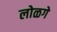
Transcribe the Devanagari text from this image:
लोळगे